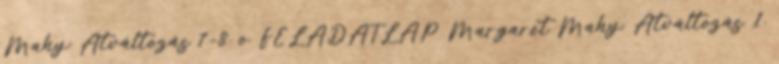
Mahy: Átváltozás 7-8. o. FELADATLAP Margaret Mahy: Átváltozás 1.